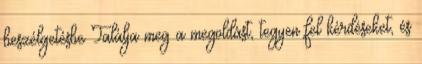
beszélgetésbe Találja meg a megoldást, tegyen fel kérdéseket, és